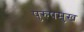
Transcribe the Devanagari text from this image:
पुरुषमुख